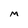
Character: m